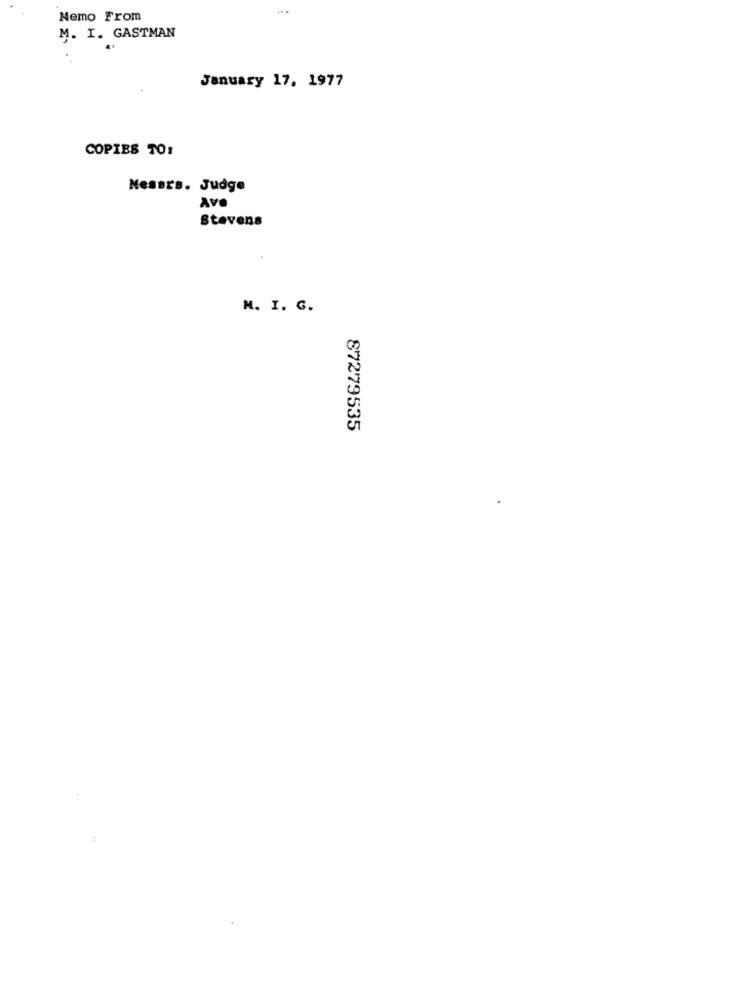
Nemo From
M. I. GASTMAN
January 17. 1977
COPIES TO:
Nessrs. Judge
Ave
Stevens
M. I. G.
87279535